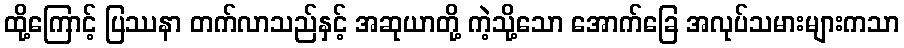
ထို့ကြောင့် ပြဿနာ တက်လာသည်နှင့် အဆုယာတို့ ကဲ့သို့သော အောက်ခြေ အလုပ်သမားများကသာ